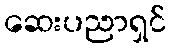
ဆေးပညာရှင်